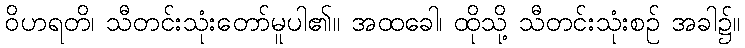
ဝိဟရတိ၊ သီတင်းသုံးတော်မူပါ၏။ အထခေါ၊ ထိုသို့ သီတင်းသုံးစဉ် အခါ၌။